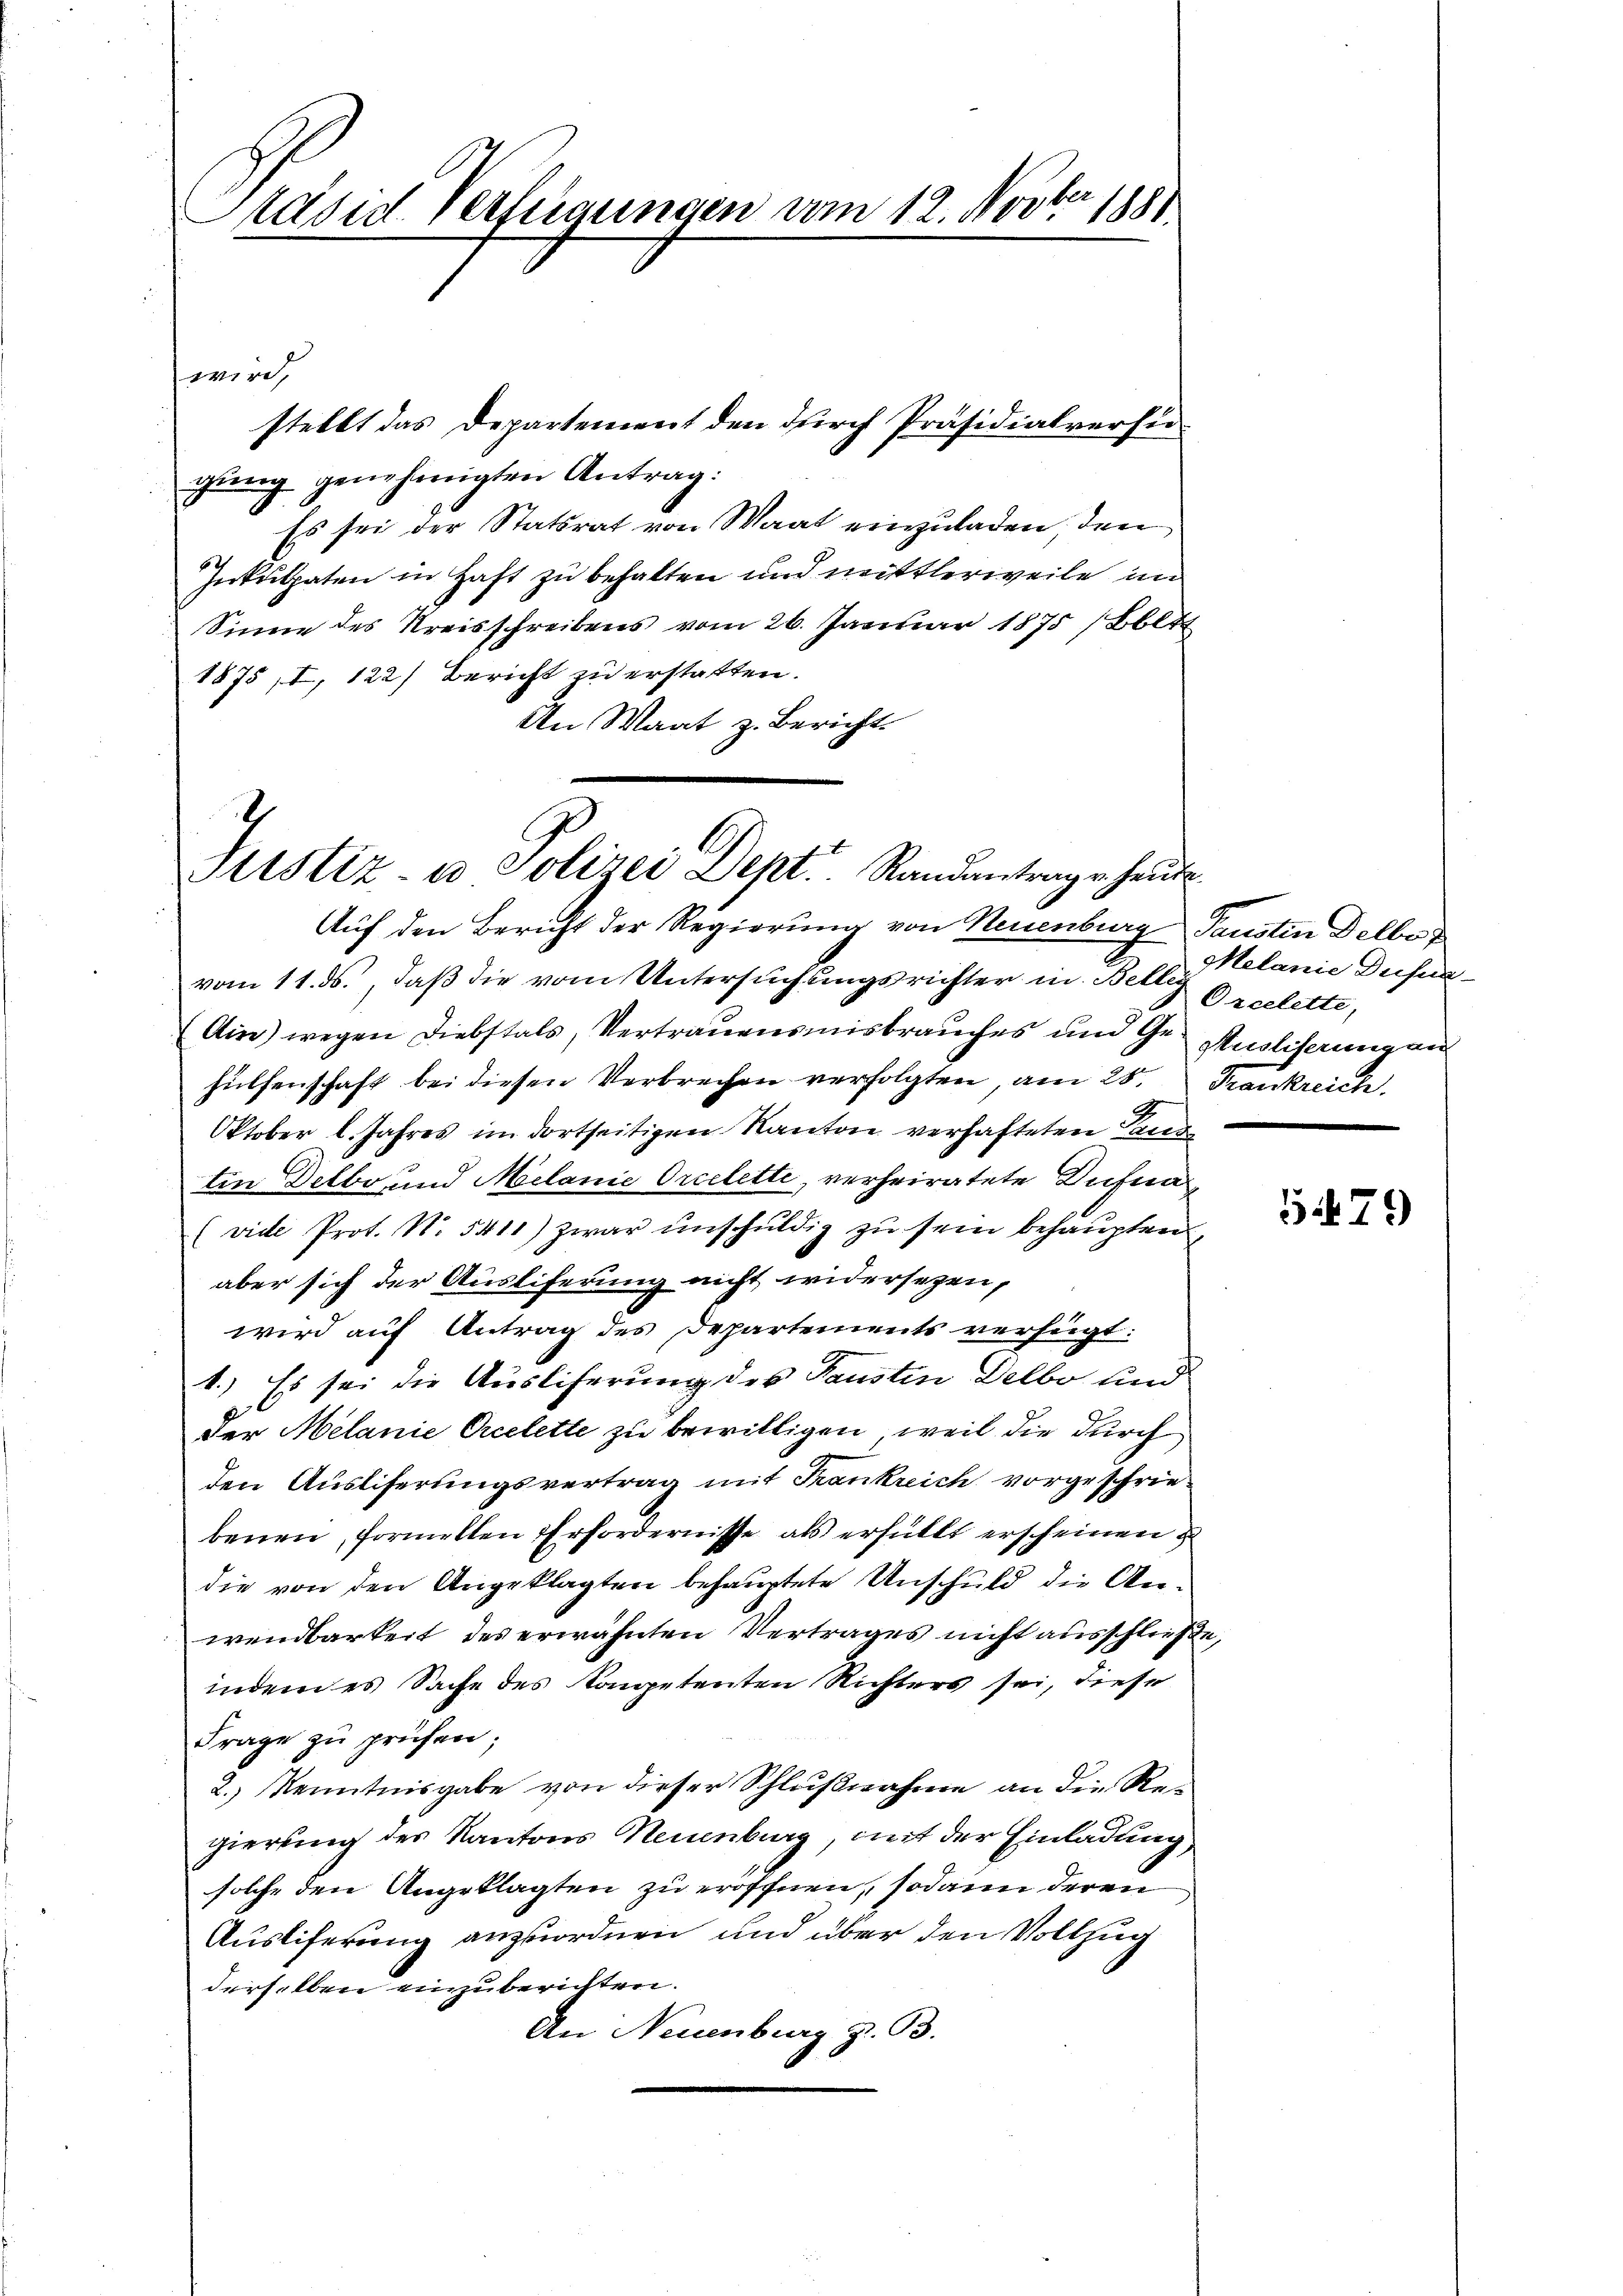
Präsid. Verfügungen vom 12. Novbr. 1881

stellt das Departement den durch Präsidialversie
gung genehmigten Antrag:
Es sei der Statsrat von Waat einzuladen den
Inkulpaten in Haft zu behalten und mittlerweile in
Sinne des Kreisschreibens vom 26. Januar 1875 (Bbltt
1875, I, 122) Bericht zu erstatten.
An Waat z. Berichts

wird,

vom 11. ds., daß die vom Untersuchungsrichter in Betten Orcelette,
(Ain) wegen Diebstals, Vertrauensmisbrauches und Ge- Ausliserung aus
hülfenschaft bei diesen Verbrechen verfolgten, am 28. Frankreich
Oktober l. Jahres im dortseitigen Kanton verhafteten Lande
tin Delbo und Melanie Orcelette, verheiratete Dufna
(vide Prot. N. 5411) zwar unschuldig zu sein behaupten,
aber sich der Ausliferung nicht widersezen,
wird auf Antrag des Departements verfügt:
1.) Es sei die Ausliferung des Paustin Delbo und
der Melanie Orcelette zu bewilligen, weil die durch
den Ausliferungsvertrag mit Frankreich vorgeschriebenen, formelten Erfordernisse als erfüllt erscheinen
die von den Angeklagten behauptete Unschuld die Anwendbarkeit des erwähnten Vertrages nicht ausschließe,
indem es Sache des Kompetenten Richters sei, diese
Frage zu prüfen;
2.) Kenntnisgabe von dieser Schlußnahme an die Regierung des Kantons Neuenburg, mit der Einladung
solche den Angeklagten zu eröffnen, sodann deren
Ausliferung anzuordnen und über den Vollzug
derselben einzuberichten.
An Neuenburg z. B.

Justiz u. Polizei Dept. Randantrage heute
Auf den Bericht der Regierung von Neuenburg Saustin Delbe

Melanie Dusun

2.

5479